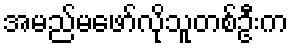
အမည်မဖော်လိုသူတစ်ဦးက